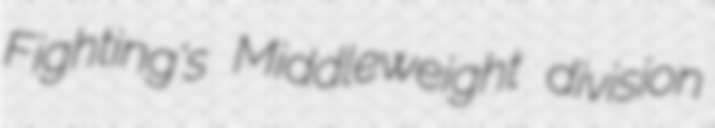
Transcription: Fighting's Middleweight division